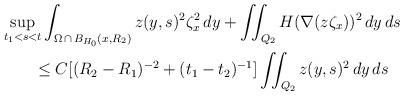
LaTeX: \begin{align*} & \sup_{ t_1 < s < t}\int_{\Omega\,\cap\,B_{H_0}(x,R_2)} z(y,s)^2\zeta_x^2\,dy+\iint_{Q_2}H(\nabla (z\zeta_x))^2\,dy\,ds\\ & \qquad\le C[(R_2-R_1)^{-2}+(t_1-t_2)^{-1}]\iint_{Q_2} z(y,s)^2\,dy\,ds\end{align*}